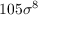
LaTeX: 1 0 5 \sigma ^ { 8 }